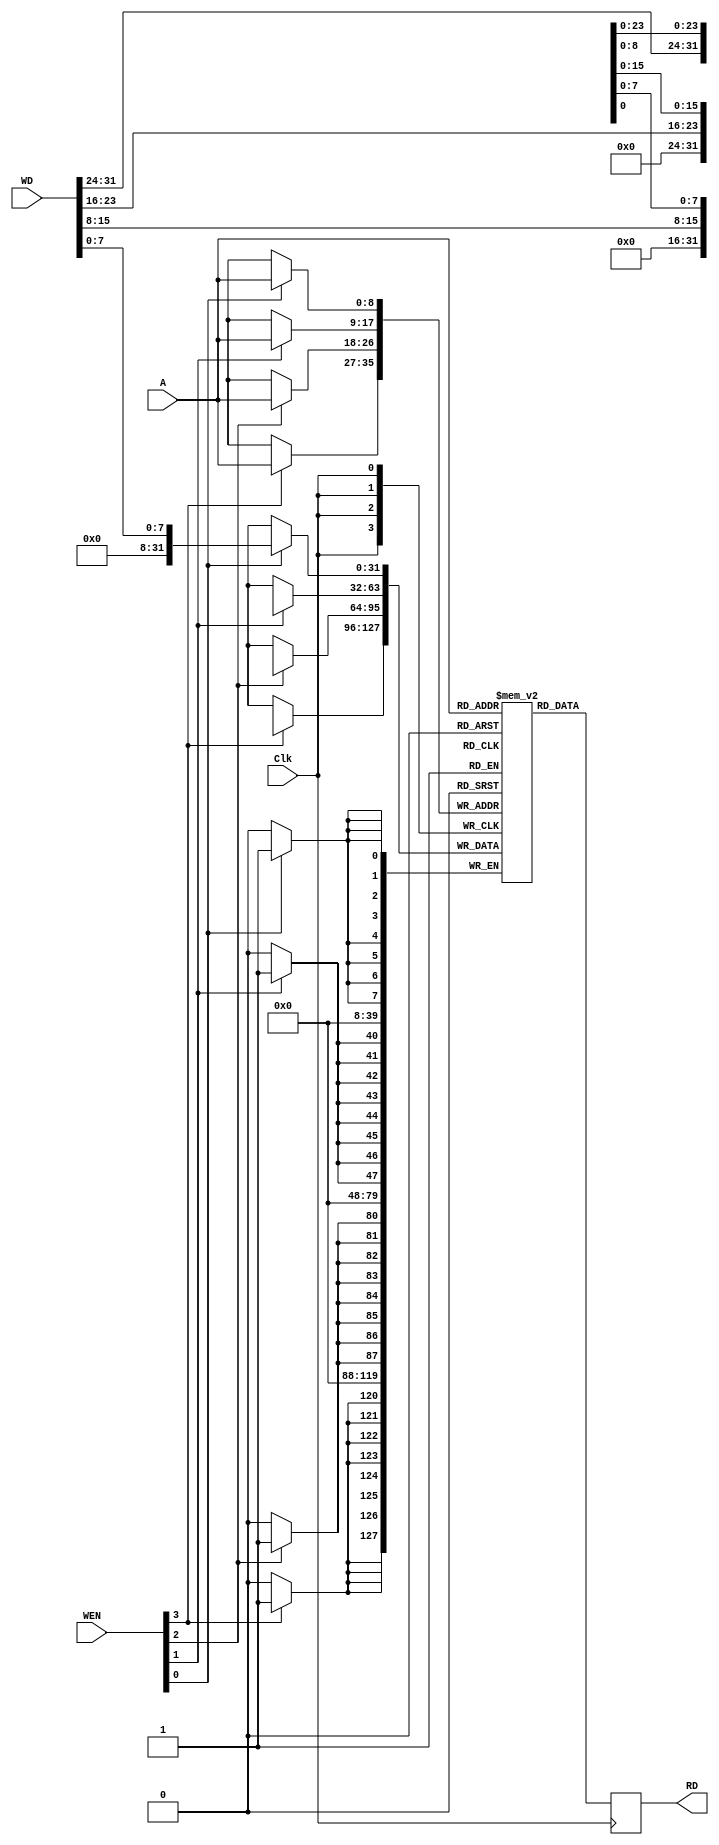
module r512x32_512x32 (A,RD,WD,Clk,WEN);

input  wire  [8:0] A;
output reg  [31:0] RD;
input  wire [31:0] WD;
input  wire        Clk;
input  wire  [3:0] WEN;

reg         [31:0] mem [0:511];
integer            i;

always @(posedge Clk)
  begin
    RD <= mem[A];
    for (i = 0; i < 4; i++)
      if (WEN[i])
        mem[A][i*8 +: 8] <= WD[i*8 +: 8];
  end
endmodule